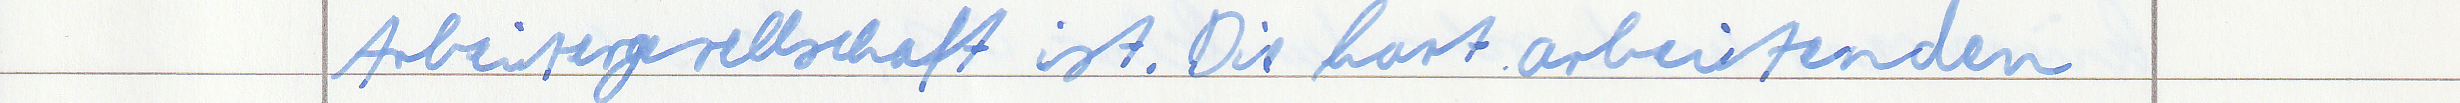
Arbeitergesellschaft ist. Die hart arbeitenden